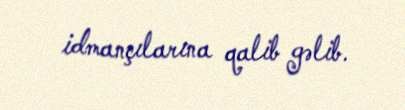
idmançılarına qalib gəlib.